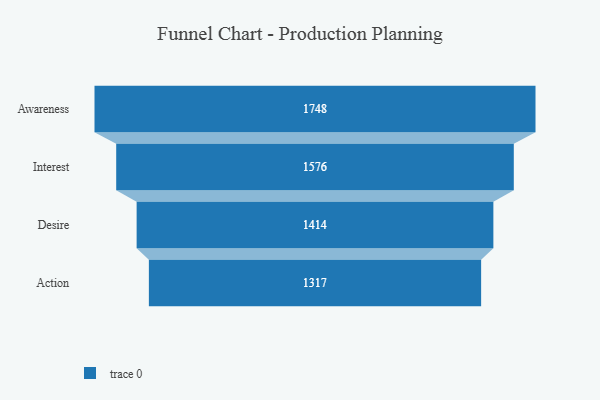
{"axis": {"x": "Stage", "y": "Value"}, "legend": [""], "data": [{"x": "Awareness", "y": 1748.0, "type": ""}, {"x": "Interest", "y": 1576.0, "type": ""}, {"x": "Desire", "y": 1414.0, "type": ""}, {"x": "Action", "y": 1317.0, "type": ""}]}